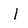
Character: I